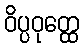
ဝိပ္ပဝုတ္ထေ